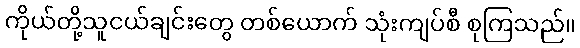
ကိုယ်တို့သူငယ်ချင်းတွေ တစ်ယောက် သုံးကျပ်စီ စုကြသည်။